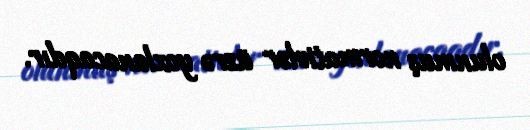
olunmuş normativlər üzrə yoxlanacaqdır.